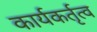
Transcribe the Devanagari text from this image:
कार्यकर्तृत्व